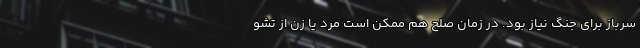
سرباز برای جنگ نیاز بود. در زمان صلح هم ممکن است مرد یا زن از تشو